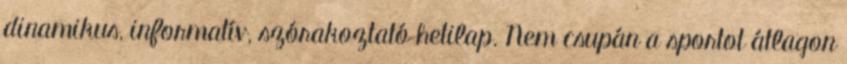
dinamikus, informatív, szórakoztató hetilap. Nem csupán a sportot átlagon